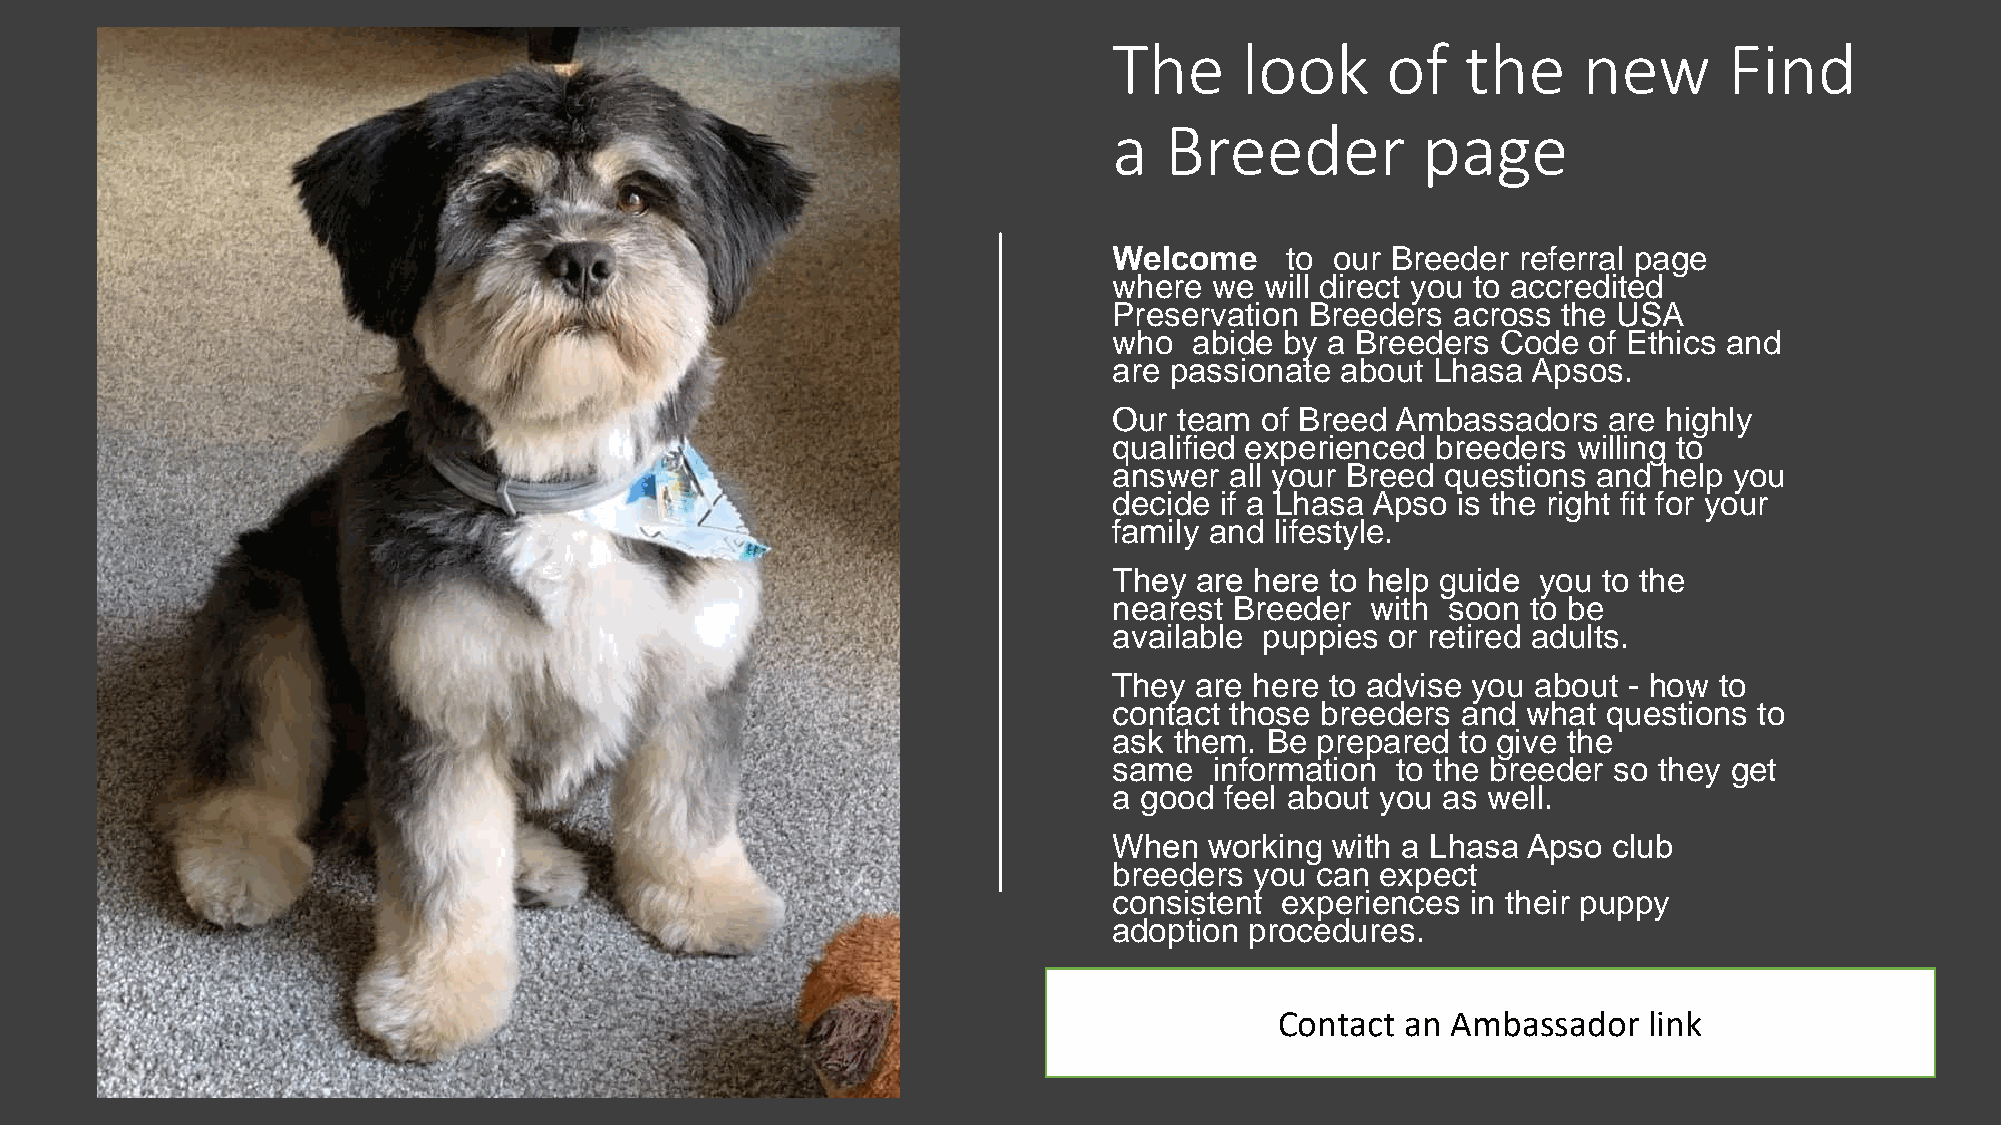
The     look      of   the     new      Find
 a  Breeder          page
 Welcome    to our Breeder  referral page
 where we  will direct you to accredited
 Preservation Breeders across the USA
 who  abide by a Breeders Code  of Ethics and
 are passionate about Lhasa Apsos.
 Our team of Breed Ambassadors   are highly
 qualified experienced breeders willing to
 answer all your Breed questions and help you
 decide if a Lhasa Apso is the right fit for your
 family and lifestyle.
 ​They are here to help guide you to the
 nearest Breeder  with soon to be
 available puppies or retired adults.
 They are here to advise you about - how to
 contact those breeders and what questions to
 ask them. Be prepared  to give the
 same  information to the breeder so they get
 a good feel about you as well.
 ​When working with a Lhasa Apso  club
 breeders you can expect
 consistent experiences in their puppy
 adoption procedures.
 ..
 Contact an Ambassador   link